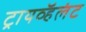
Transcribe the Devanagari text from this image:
ट्रायव्हॅलंट